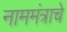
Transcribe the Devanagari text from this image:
नाममंत्राचे